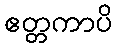
ဧတ္တကာပိ